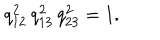
LaTeX: \smash { q _ { 1 2 } ^ { 2 } \, q _ { 1 3 } ^ { 2 } \, q _ { 2 3 } ^ { 2 } } = 1 .